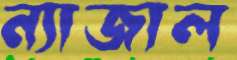
ন্যাজাল